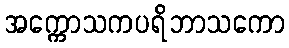
အက္ကောသကပရိဘာသကော